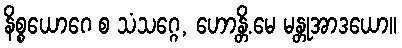
နိစ္စယောဂေ စ သံသဂ္ဂေ, ဟောန္တိ.မေ မန္တုအာဒယော။